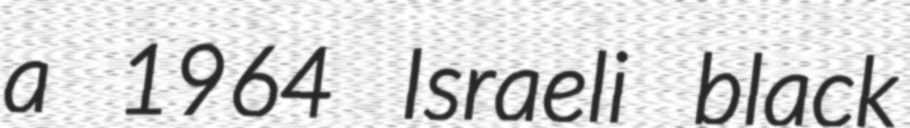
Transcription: a 1964 Israeli black